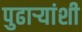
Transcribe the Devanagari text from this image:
पुढाऱ्यांशी